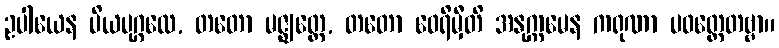
ဥပါယေန ပိယပုဂ္ဂလေ, တတော မဇ္ဈတ္တေ, တတော ဝေရိမှီတိ အနုက္ကမေန ကရုဏာ ပဝတ္တေတဗ္ဗာ။